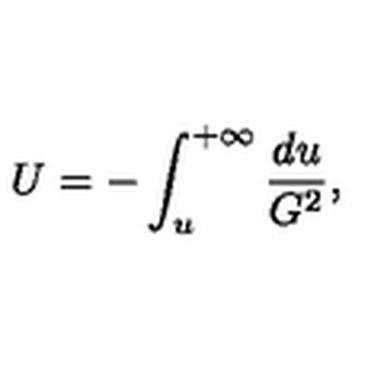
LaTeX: U = - \int _ { u } ^ { + \infty } \frac { d u } { G ^ { 2 } } ,